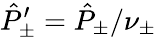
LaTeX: \hat{P}_{\pm}^{\prime}\stackrel{}{=}\hat{P}_{\pm}/\nu_{\pm}